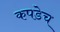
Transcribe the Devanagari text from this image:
कपडेच